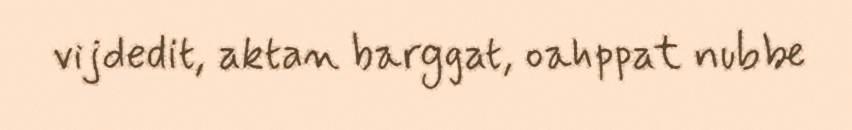
vijdedit, aktan barggat, oahppat nubbe